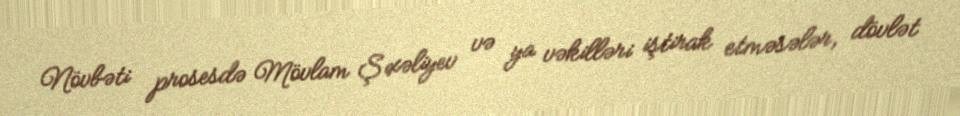
Növbəti prosesdə Mövlam Şıxəliyev və ya vəkilləri iştirak etməsələr, dövlət